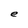
Character: e